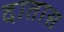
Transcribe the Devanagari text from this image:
दातास